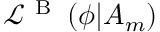
\mathcal { L } ^ { \mathrm { ~ B ~ } } \left( \phi | A _ { m } \right)